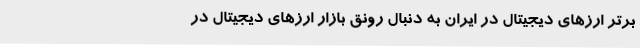
برتر ارزهای دیجیتال در ایران به دنبال رونق بازار ارزهای دیجیتال در